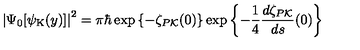
\left| \Psi _ { 0 } [ { \psi } _ { \mathrm { K } } ( y ) ] \right| ^ { 2 } = \pi \hbar \exp \left\{ - \zeta _ { P { \cal K } } ( 0 ) \right\} \exp \left\{ - \frac { 1 } { 4 } \frac { d \zeta _ { P { \cal K } } } { d s } ( 0 ) \right\}